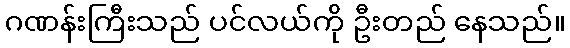
ဂဏန်းကြီးသည် ပင်လယ်ကို ဦးတည် နေသည်။